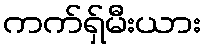
ကက်ရှ်မီးယား